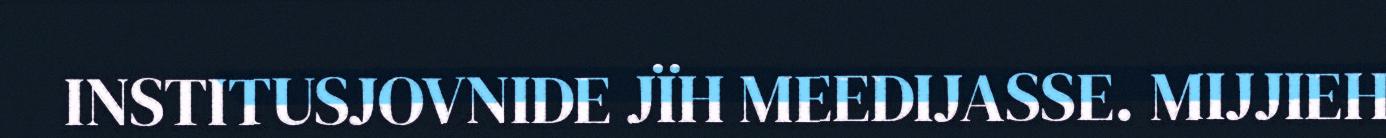
INSTITUSJOVNIDE JÏH MEEDIJASSE. MIJJIEH